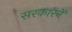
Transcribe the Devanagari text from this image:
सरकारनें